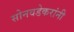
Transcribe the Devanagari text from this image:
सोनवडेकरांनी